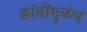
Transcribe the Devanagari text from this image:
क्रांतीमुळेच